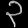
Digit: ၃